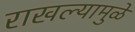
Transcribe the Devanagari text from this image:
राखल्यामुळे